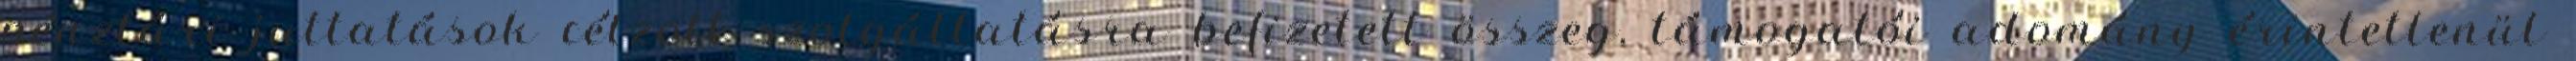
pénztári juttatások célzott szolgáltatásra befizetett összeg, támogatói adomány érintetlenül